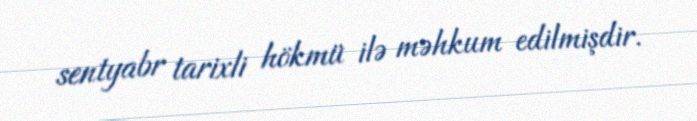
sentyabr tarixli hökmü ilə məhkum edilmişdir.